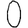
Digit: 0